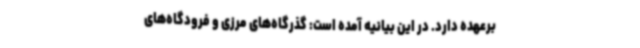
برعهده دارد. در این بیانیه آمده است: گذرگاه‌های مرزی و فرودگاه‌های